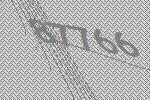
87766